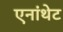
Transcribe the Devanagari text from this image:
एनांथेट